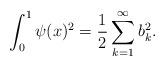
LaTeX: \begin{align*} \int_0^1\psi(x)^2=\frac{1}{2}\sum_{k=1}^\infty b_k^2. \end{align*}